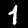
Label: 1